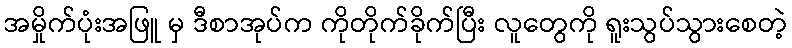
အမှိုက်ပုံးအဖြူ မှ ဒီစာအုပ်က ကိုတိုက်ခိုက်ပြီး လူတွေကို ရူးသွပ်သွားစေတဲ့